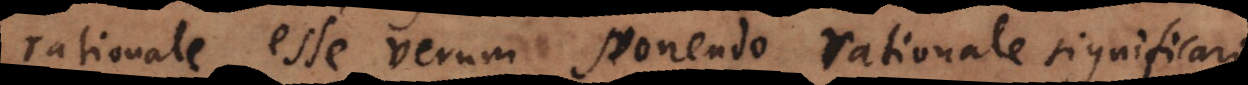
rationale esse verum ponendo rationale significari